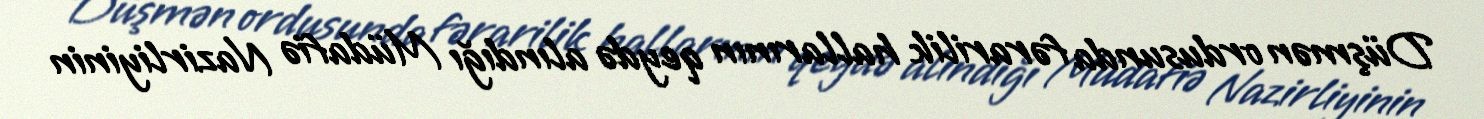
Düşmən ordusunda fərarilik hallarının qeydə alındığı Müdafiə Nazirliyinin